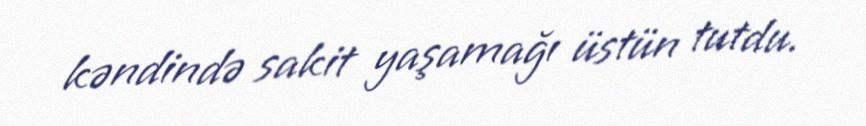
kəndində sakit yaşamağı üstün tutdu.